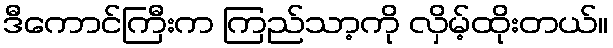
ဒီကောင်ကြီးက ကြည်သာ့ကို လှိမ့်ထိုးတယ်။